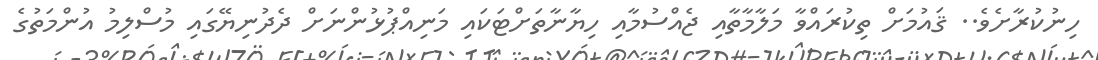
ހިނުކުރާށެވެ.. ޤައުމަށް ތިކުރައްވާ މަލާމާތާއި ޖެއްސުމާއި ހިޔާނާތަށްޓަކައި މަނިއްޕުޅުންނަށް ދެދުނިޔޭގައި މުސްލިމު އުންމަތުގެ